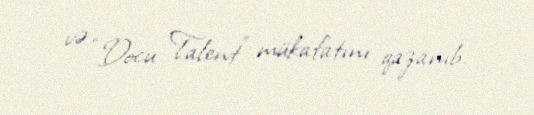
və “Docu Talent” mükafatını qazanıb.